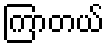
ကြာတယ်